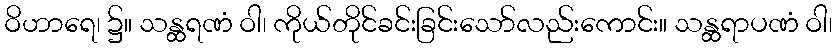
ဝိဟာရေ၊ ၌။ သန္ထရဏံ ဝါ၊ ကိုယ်တိုင်ခင်းခြင်းသော်လည်းကောင်း။ သန္ထရာပဏံ ဝါ၊